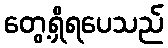
တွေ့ရှိရပေသည်